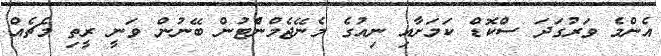
އެންމެ ވަރުގަދަ ސްކޮޑް ކަމަށާއި ނިއުގެ މެނޭޖެމްނެްޓުން ބޭނުން ވަނީ ރީތި މެޗެއް